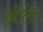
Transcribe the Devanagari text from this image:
इर्मलिन